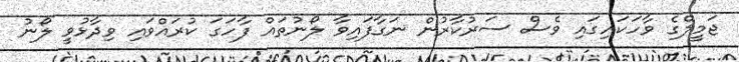
ޖަމީލްގެ ވާހަކައިގައި ވެސް ސަރުކާރުން ނަގާފައިވާ ލޯނުތައް ފާހަގަ ކުރައްވައި ވިދާޅުވީ ލޯނު